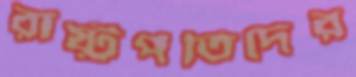
রাষ্ট্রপতিদের